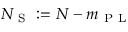
N _ { \mathrm { ~ S ~ } } : = N - m _ { \mathrm { ~ P ~ L ~ } }